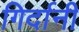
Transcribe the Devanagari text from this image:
गिर्दानी